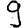
Digit: 9